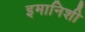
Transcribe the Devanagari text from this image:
इमानिशी